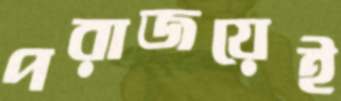
পরাজয়েই